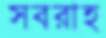
সবরাহ